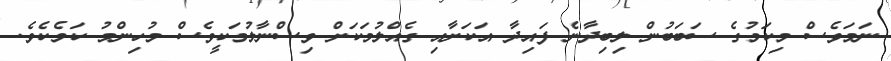
ނަމަވެސް މިކަމުގެ ސަބަބުން ލިބިދާނެ ފައިދާ އަކަށާއި ގެއްލުމަކަށް ވިސްނާލުމަކީވެސް މުހިންމު ކަމެކެވެ.